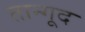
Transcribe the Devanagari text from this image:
तान्गूद